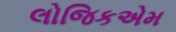
લોજિકએમ